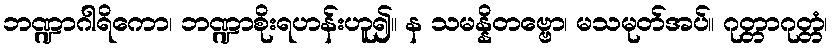
ဘဏ္ဍာဂါရိကော၊ ဘဏ္ဍာစိုးရဟန်းဟူ၍။ န သမန္နိတဗ္ဗော၊ မသမုတ်အပ်။ ဂုတ္တာဂုတ္တံ၊